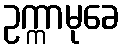
ဥက္ကာမုခေ